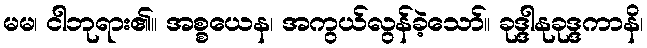
မမ၊ ငါဘုရား၏။ အစ္စယေန၊ အကွယ်လွန်ခဲ့သော်။ ခုဒ္ဒါနုခုဒ္ဒကာနိ၊